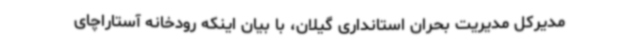
مدیرکل مدیریت بحران استانداری گیلان، با بیان اینکه رودخانه آستاراچای